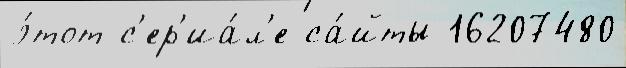
э́тот с'ер'иа́л'е са́йты 16207480